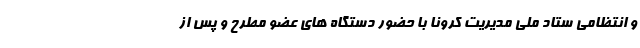
و انتظامی ستاد ملی مدیریت کرونا با حضور دستگاه های عضو مطرح و پس از